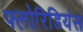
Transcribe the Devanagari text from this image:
फ्लोरिडियंस